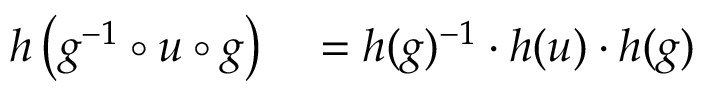
\begin{array} { r l } { h \left( g ^ { - 1 } \circ u \circ g \right) } & { { } = h ( g ) ^ { - 1 } \cdot h ( u ) \cdot h ( g ) } \end{array}